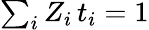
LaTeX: \begin{array}{r}{\sum_{i}Z_{i}\, t_{i}=1}\end{array}